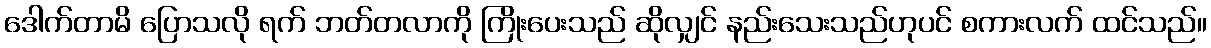
ဒေါက်တာမိ ပြောသလို ရက် ဘတ်တလာကို ကြိုးပေးသည် ဆိုလျှင် နည်းသေးသည်ဟုပင် စကားလက် ထင်သည်။